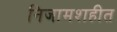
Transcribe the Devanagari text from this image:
निजामशहीत